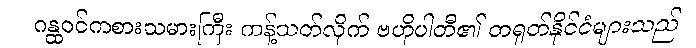
ဂန္ထဝင်ကစားသမားကြီး ကန့်သတ်လိုက် ဗဟိုပါတီ၏ တရုတ်နိုင်ငံများသည်